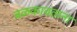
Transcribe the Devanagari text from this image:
बळकावताना